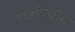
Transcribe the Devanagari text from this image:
लग्नविधींत